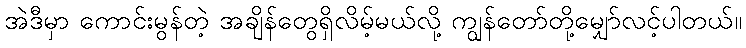
အဲဒီမှာ ကောင်းမွန်တဲ့ အချိန်တွေရှိလိမ့်မယ်လို့ ကျွန်တော်တို့မျှော်လင့်ပါတယ်။